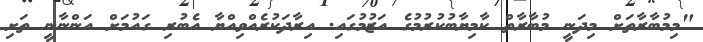
"މިމުބާރާތަށް މިދަނީ މުބާރާތް ކާމިޔާބުކުރުމުގެ އަޒުމުގައި. އިރާދަކުރެއްވިއްޔާ އެބުރި ގައުމަށް އަންނާނީ ތަށި